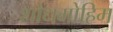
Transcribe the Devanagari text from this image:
शोधमोहिम